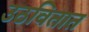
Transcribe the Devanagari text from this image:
उठवितात